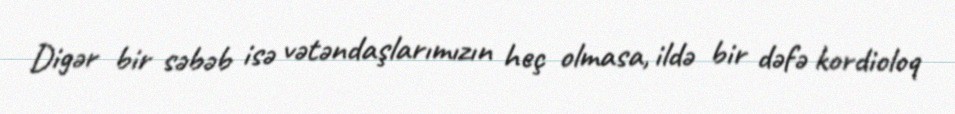
Digər bir səbəb isə vətəndaşlarımızın heç olmasa, ildə bir dəfə kordioloq